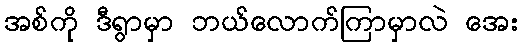
အစ်ကို ဒီရွာမှာ ဘယ်လောက်ကြာမှာလဲ အေး